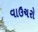
વાઉચરો